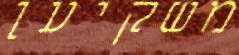
משקיען